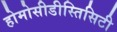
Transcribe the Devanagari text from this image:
होमोसीडीस्तिसिटी